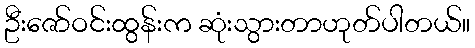
ဦးဇော်ဝင်းထွန်းက ဆုံးသွားတာဟုတ်ပါတယ်။